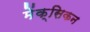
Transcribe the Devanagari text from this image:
मेंक्सिकन